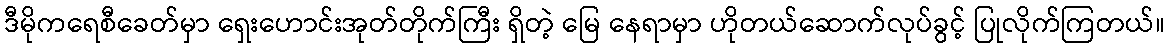
ဒီမိုကရေစီခေတ်မှာ ရှေးဟောင်းအုတ်တိုက်ကြီး ရှိတဲ့ မြေ နေရာမှာ ဟိုတယ်ဆောက်လုပ်ခွင့် ပြုလိုက်ကြတယ်။